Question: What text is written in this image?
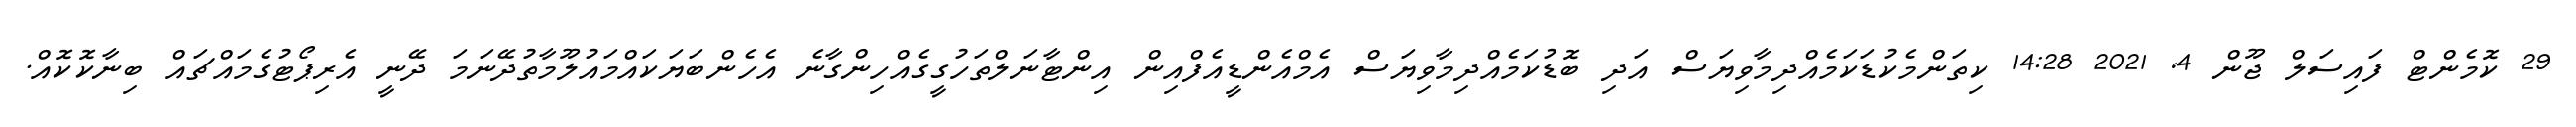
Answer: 29 ކޮމެންޓް ފައިސަލް ޖޫން 4, 2021 14:28 ކިތަންމެކުޑަކަމެއްދިމާވިޔަސް އަދި ބޮޑުކަމެއްދިމާވިޔަސް އެމްއެންޑީއެފްއިން އިންޓާނަލްތަހުގީގެއްހިންގާނެ އެހެންބަޔަކައްމައުލޫމާތުދޭނަމަ ދޭނީ އެރިޕޯޓުގެމައްޗައް ބިނާކޮކޮއް.